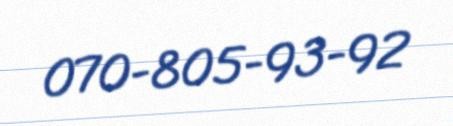
070-805-93-92